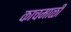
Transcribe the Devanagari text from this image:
काचमाळी